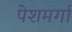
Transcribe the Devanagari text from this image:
पेशमर्गा